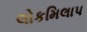
લોકમિલાપ